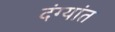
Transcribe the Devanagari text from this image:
दंग्यांत